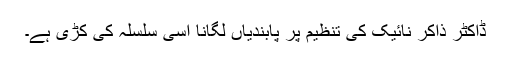
ڈاکٹر ذاکر نائیک کی تنظیم پر پابندیاں لگانا اسی سلسلہ کی کڑی ہے۔